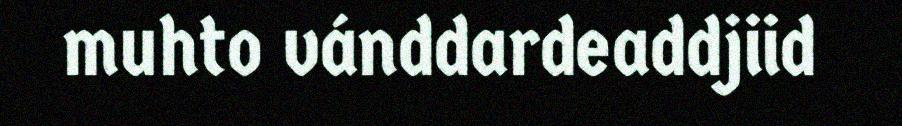
muhto vánddardeaddjiid